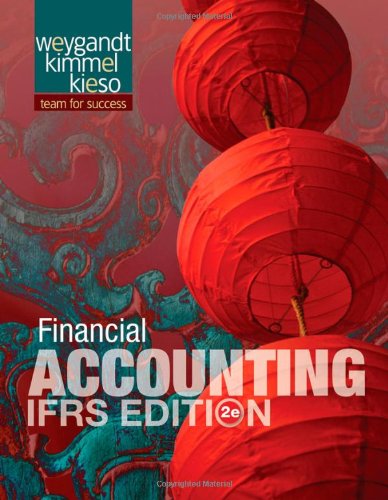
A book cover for Financial Accounting , IFRS Edition; Jerry J. Weygandt; Business & Money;